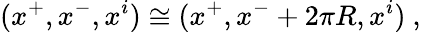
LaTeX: (x^{+},x^{-},x^{i})\cong(x^{+},x^{-}+2\pi R,x^{i})\ ,